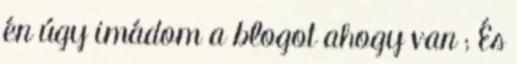
én úgy imádom a blogot ahogy van ; És